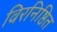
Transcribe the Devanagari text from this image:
विरनिष्ठित